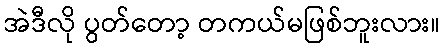
အဲဒီလို ပွတ်တော့ တကယ်မဖြစ်ဘူးလား။